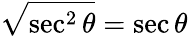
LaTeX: {\sqrt{\sec^{2}\theta}}=\sec\theta